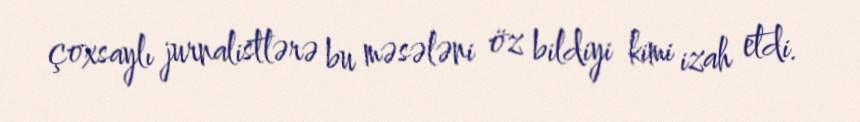
çoxsaylı jurnalistlərə bu məsələni öz bildiyi kimi izah etdi.